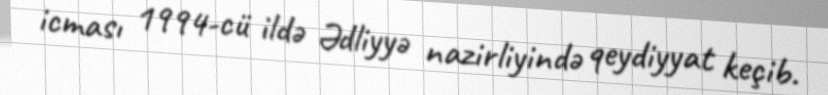
icması 1994-cü ildə Ədliyyə nazirliyində qeydiyyat keçib.